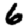
Digit: 6